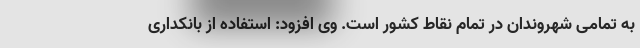
به تمامی شهروندان در تمام نقاط کشور است. وی افزود: استفاده از بانکداری